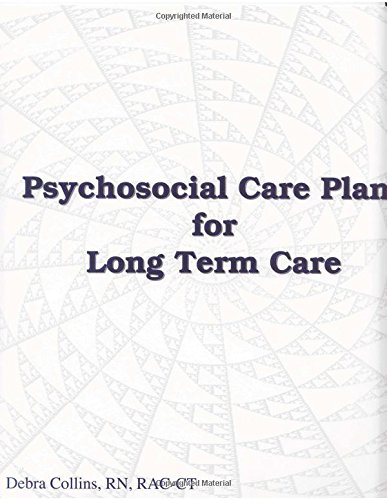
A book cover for Psychosocial Care Plans for Long Term Care (Social Service Care Plans and Forms); RN, RAC-T Debra Collins; Medical Books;